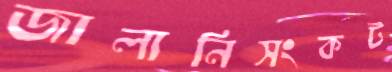
জালানিসংকট